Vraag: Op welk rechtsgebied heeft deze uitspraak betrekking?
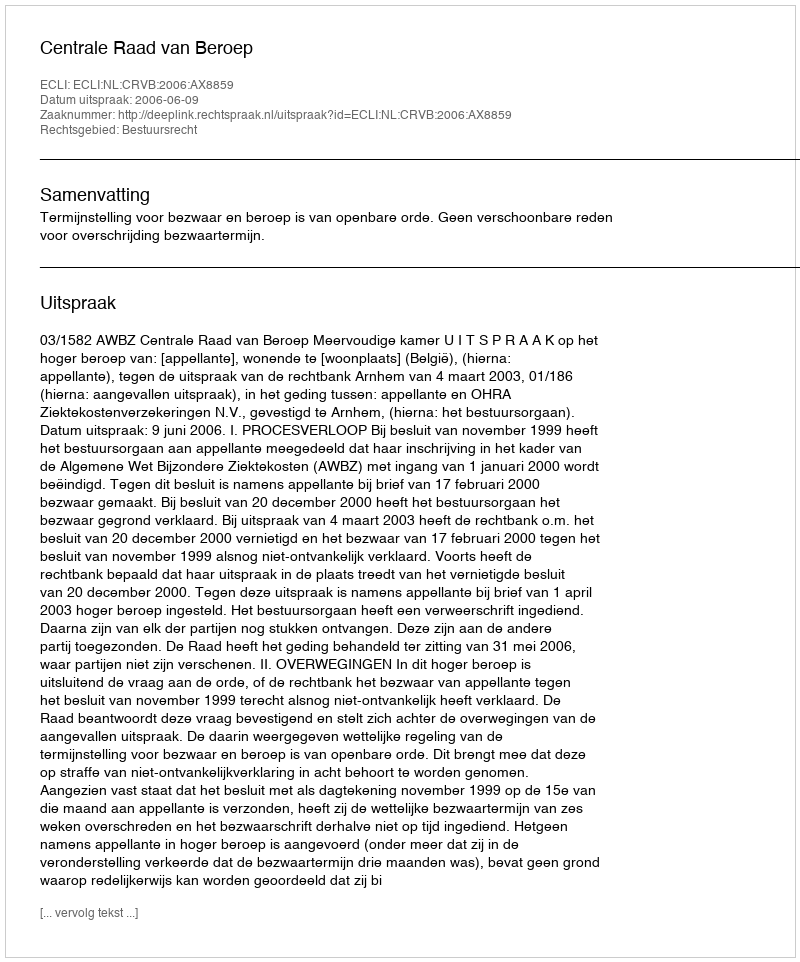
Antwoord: Bestuursrecht